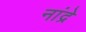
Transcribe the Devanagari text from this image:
नांद्रे